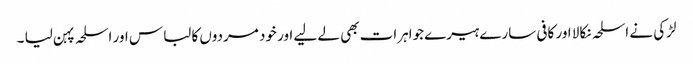
لڑکی نے اسلحہ نکالا اور کافی سارے ہیرے جواہرات بھی لے لیے اور خود مردوں کا لباس اور اسلحہ پہن لیا ۔